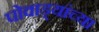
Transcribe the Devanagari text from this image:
पोवाड्यांच्या